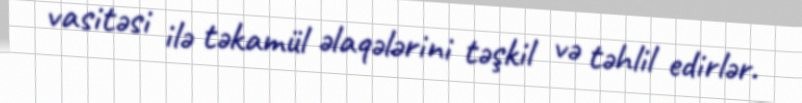
vasitəsi ilə təkamül əlaqələrini təşkil və təhlil edirlər.